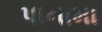
પાનામા